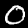
Label: 0